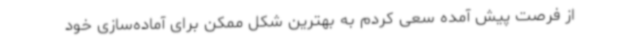
از فرصت پیش آمده سعی کردم به بهترین شکل ممکن برای آماده‌سازی خود